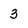
Character: 3